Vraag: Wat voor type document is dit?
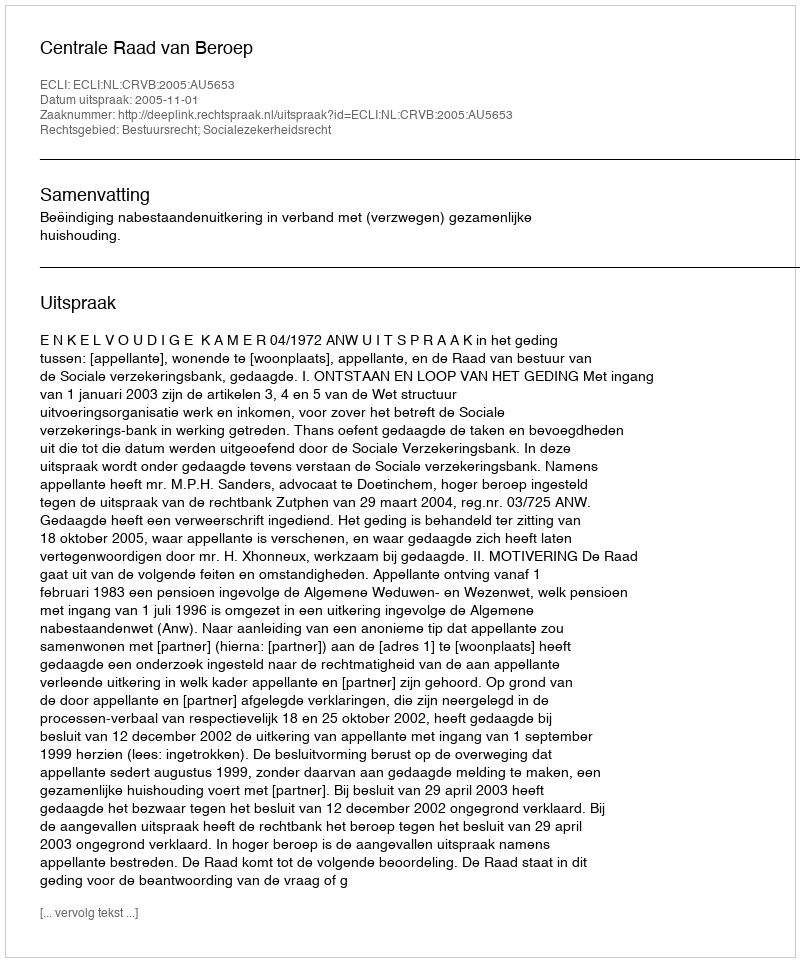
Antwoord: Uitspraak